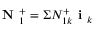
\textbf { N } _ { 1 } ^ { + } = \Sigma N _ { 1 k } ^ { + } \textbf { i } _ { k }